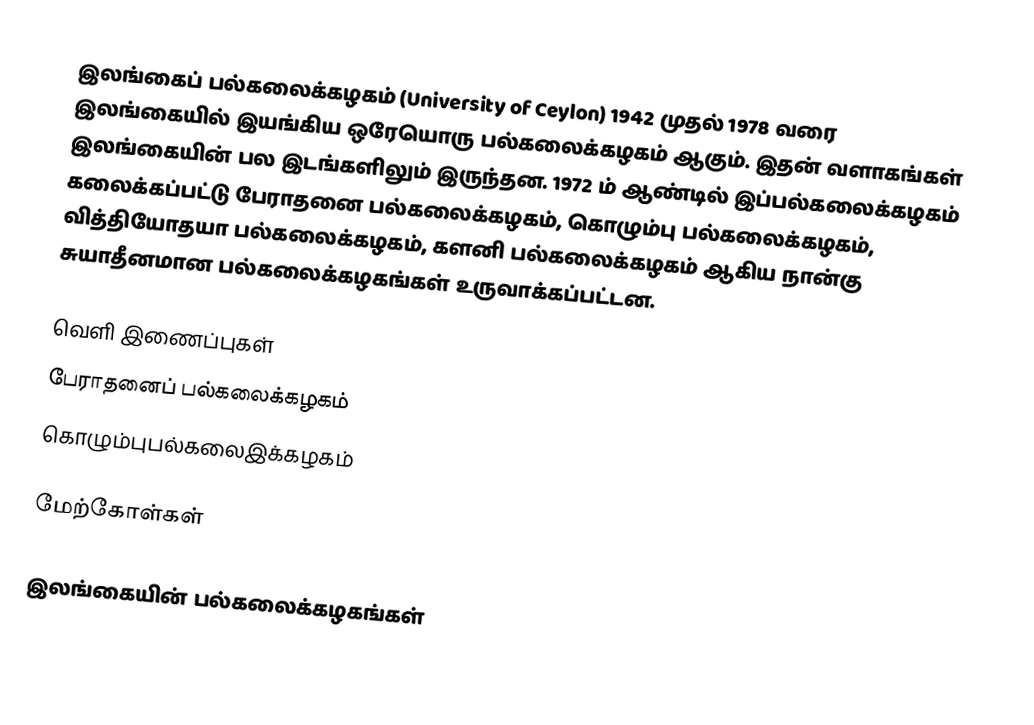
இலங்கைப் பல்கலைக்கழகம் (University of Ceylon) 1942 முதல் 1978 வரை இலங்கையில் இயங்கிய ஒரேயொரு பல்கலைக்கழகம் ஆகும். இதன் வளாகங்கள் இலங்கையின் பல இடங்களிலும் இருந்தன. 1972 ம் ஆண்டில் இப்பல்கலைக்கழகம் கலைக்கப்பட்டு பேராதனை பல்கலைக்கழகம், கொழும்பு பல்கலைக்கழகம், வித்தியோதயா பல்கலைக்கழகம், களனி பல்கலைக்கழகம் ஆகிய நான்கு சுயாதீனமான பல்கலைக்கழகங்கள் உருவாக்கப்பட்டன.

வெளி இணைப்புகள்
பேராதனைப் பல்கலைக்கழகம்
கொழும்புபல்கலைஇக்கழகம்

மேற்கோள்கள்

இலங்கையின் பல்கலைக்கழகங்கள்